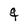
Character: q